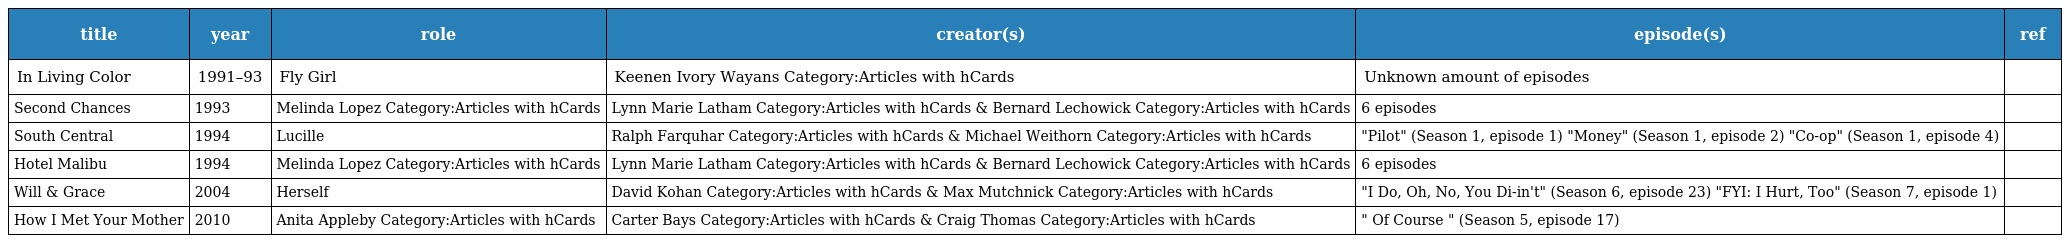
| title | year | role | creator(s) | episode(s) | ref |
 | --- | --- | --- | --- | --- | --- |
 | In Living Color | 1991–93 | Fly Girl | Keenen Ivory Wayans Category:Articles with hCards | Unknown amount of episodes |  |
 | Second Chances | 1993 | Melinda Lopez Category:Articles with hCards | Lynn Marie Latham Category:Articles with hCards & Bernard Lechowick Category:Articles with hCards | 6 episodes |  |
 | South Central | 1994 | Lucille | Ralph Farquhar Category:Articles with hCards & Michael Weithorn Category:Articles with hCards | "Pilot" (Season 1, episode 1) "Money" (Season 1, episode 2) "Co-op" (Season 1, episode 4) |  |
 | Hotel Malibu | 1994 | Melinda Lopez Category:Articles with hCards | Lynn Marie Latham Category:Articles with hCards & Bernard Lechowick Category:Articles with hCards | 6 episodes |  |
 | Will & Grace | 2004 | Herself | David Kohan Category:Articles with hCards & Max Mutchnick Category:Articles with hCards | "I Do, Oh, No, You Di-in't" (Season 6, episode 23) "FYI: I Hurt, Too" (Season 7, episode 1) |  |
 | How I Met Your Mother | 2010 | Anita Appleby Category:Articles with hCards | Carter Bays Category:Articles with hCards & Craig Thomas Category:Articles with hCards | " Of Course " (Season 5, episode 17) |  |